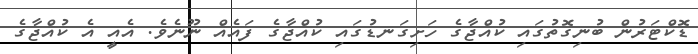
ޑޮކްޓަރުން ބުނިގޮތުގައި ކުއްޖާގެ ހަށިގަނޑުގައި ކުއްޖާގެ ފައެއް ނޫނެވެ. އެއީ އެ ކުއްޖާގެ